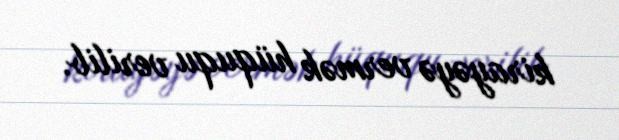
kirayəyə vermək hüququ verilib.